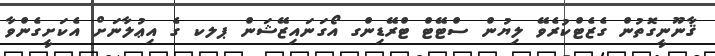
ޤާނޫނީގޮތުން ގެޒެޓްކުރެވޭ ލިޔުން ސްޓޭޓް ޓްރޭޑިންގ އޯގަނައިޒޭޝަން ޕލކ ގެ އިޢުލާނަށް އެކަށީގެންވާ